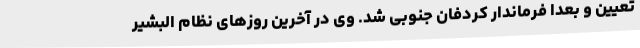
تعیین و بعدا فرماندار کردفان جنوبی شد. وی در آخرین روزهای نظام البشیر